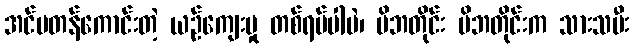
အင်မတန်ကောင်းတဲ့ ယဉ်ကျေးမှု တစ်ရပ်ပါပဲ၊ မိဘတိုင်း မိဘတိုင်းက သားသမီး